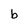
Character: b